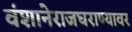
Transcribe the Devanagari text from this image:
वंशानेराजघराण्यावर